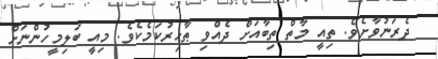
ދެރަނުވާށެވެ. ތިއީ މާތް ތިބާއަށް ދެއްވި ޠާހިރުކަމެކެވެ. މިއީ ބަލިމީހުންނަށް